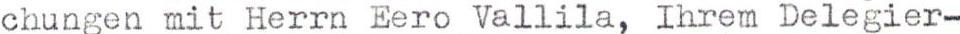
chungen mit Herrn Eero Vallila, Ihrem Delegier-